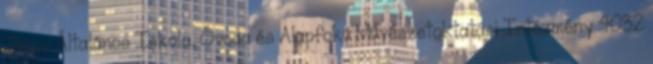
János Általános Iskola, Óvoda és Alapfokú Művészetoktatási Intézmény 4032